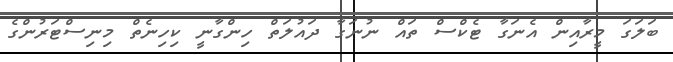
ބަލަގަ މީރާއިން އެނަގާ ޓެކްސް ތައް ނުނަގާ ދައުލަތް ހިންގާނީ ކިހިނެތް މިނިސްޓަރުންގެ